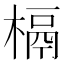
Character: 槅